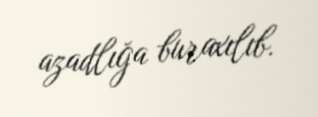
azadlığa buraxılıb.